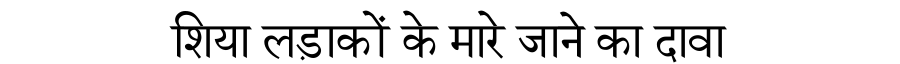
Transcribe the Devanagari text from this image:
शिया लड़ाकों के मारे जाने का दावा